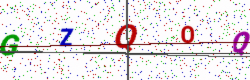
Text: GZQOQ